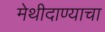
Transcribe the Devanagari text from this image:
मेथीदाण्याचा